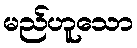
မည်ဟူသော